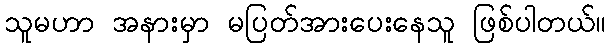
သူမဟာ အနားမှာ မပြတ်အားပေးနေသူ ဖြစ်ပါတယ်။